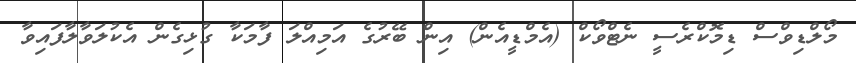
މޯލްޑިވްސް ޑިމޮކްރެސީ ނެޓްވޯކް (އެމްޑީއެން) އިން ބޭރުގެ އަމިއްލަ ފާމަކާ ގުޅިގެން އެކުލަވާލާފައިވާ